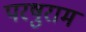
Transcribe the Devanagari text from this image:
परषुराम